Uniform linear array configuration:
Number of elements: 4
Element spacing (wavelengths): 0.75
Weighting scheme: hann
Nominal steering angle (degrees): -60
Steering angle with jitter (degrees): -58.136
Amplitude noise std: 0.05
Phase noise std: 0.05

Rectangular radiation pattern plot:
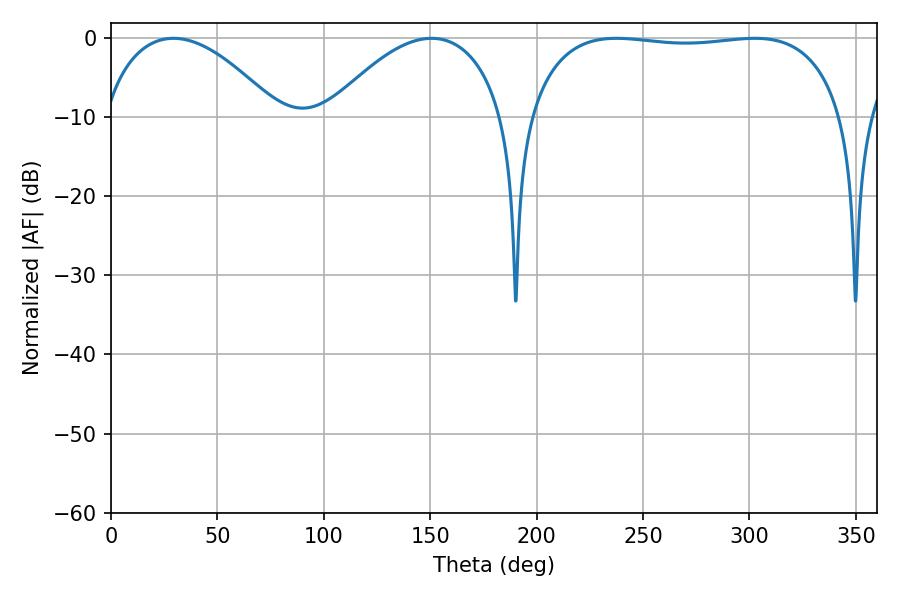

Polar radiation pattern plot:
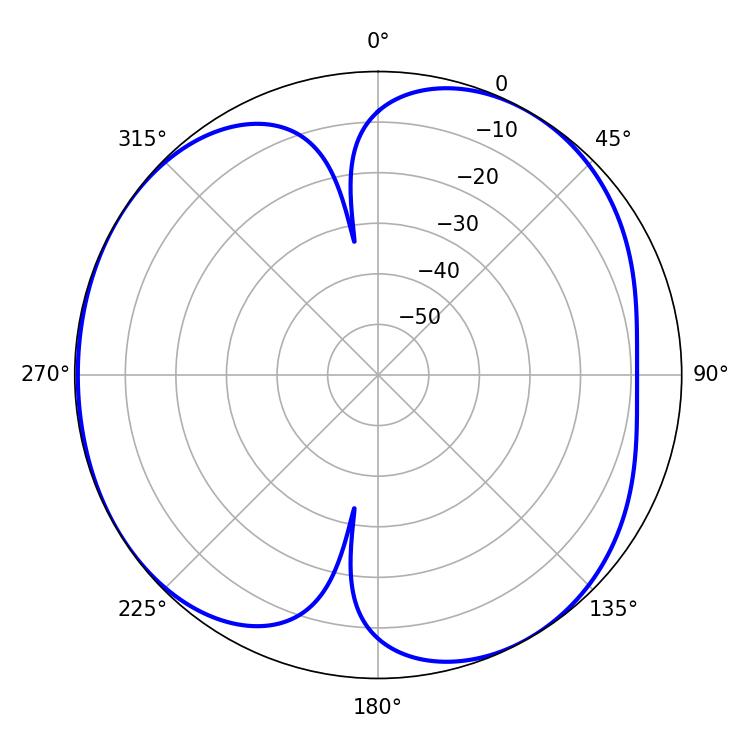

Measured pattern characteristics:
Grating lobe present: TRUE
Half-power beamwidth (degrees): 46.26
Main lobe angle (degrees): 29.34